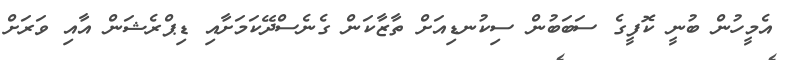
އެމީހުން ބުނީ ކޮފީގެ ސަބަބުން ސިކުނޑިއަށް ތާޒާކަން ގެނެސްދޭކަމަށާއި ޑިޕްރެޝަން އާއި ވަަރަށް